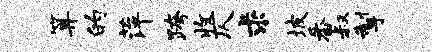
算的萍跨收仄求坡番叔掣